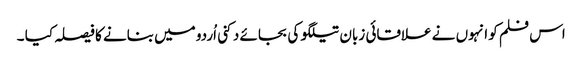
اس فلم کو انہوں نے علاقائی زبان تیلگو کی بجائے دکنی اُردو میں بنانے کا فیصلہ کیا ۔